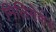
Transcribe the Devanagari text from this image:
मिलिसेकंड